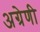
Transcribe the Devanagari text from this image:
अग्रेणी